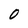
Character: 0